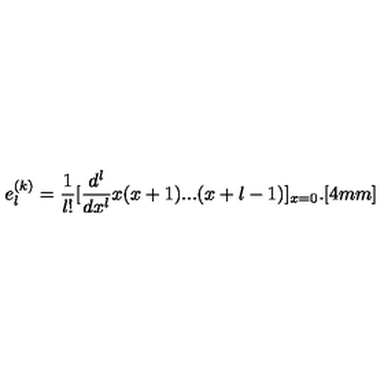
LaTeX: e _ { l } ^ { ( k ) } = \frac { 1 } { l ! } [ \frac { d ^ { l } } { d x ^ { l } } x ( x + 1 ) . . . ( x + l - 1 ) ] _ { x = 0 } . [ 4 m m ]